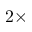
2 \times